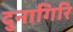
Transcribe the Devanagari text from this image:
दुनागिरि